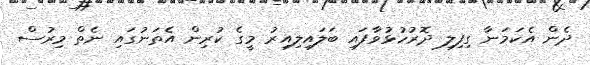
ދެން އެކަމަނާ ގިފިލި ދޮރުހުޅުވާފައި ބަލައިލިއިރު މީގެ ކުރިން އެތަނުގައި ނެތް މިރުސް